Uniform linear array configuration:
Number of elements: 16
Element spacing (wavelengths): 0.75
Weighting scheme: kaiser
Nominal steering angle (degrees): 60
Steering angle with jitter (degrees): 58.52
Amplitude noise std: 0.05
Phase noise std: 0.05

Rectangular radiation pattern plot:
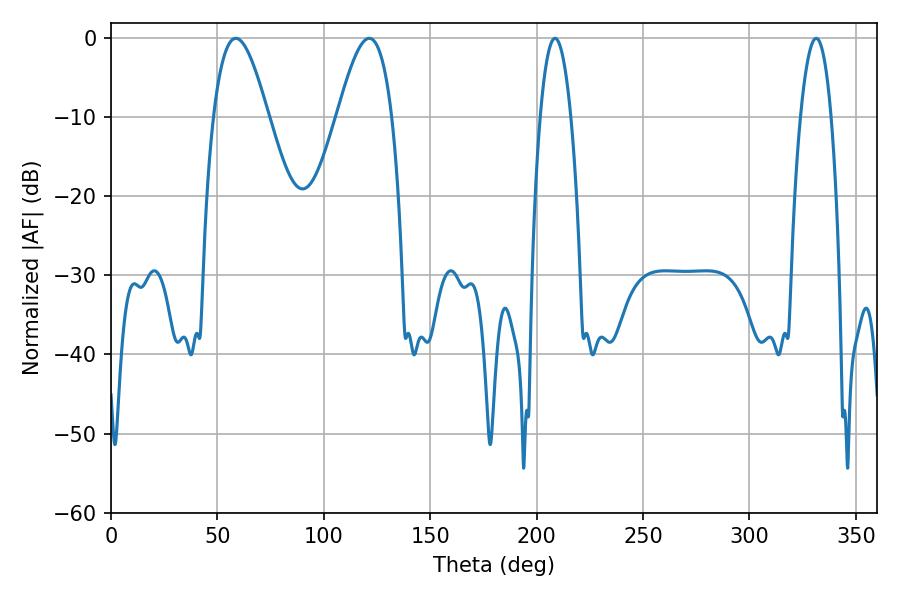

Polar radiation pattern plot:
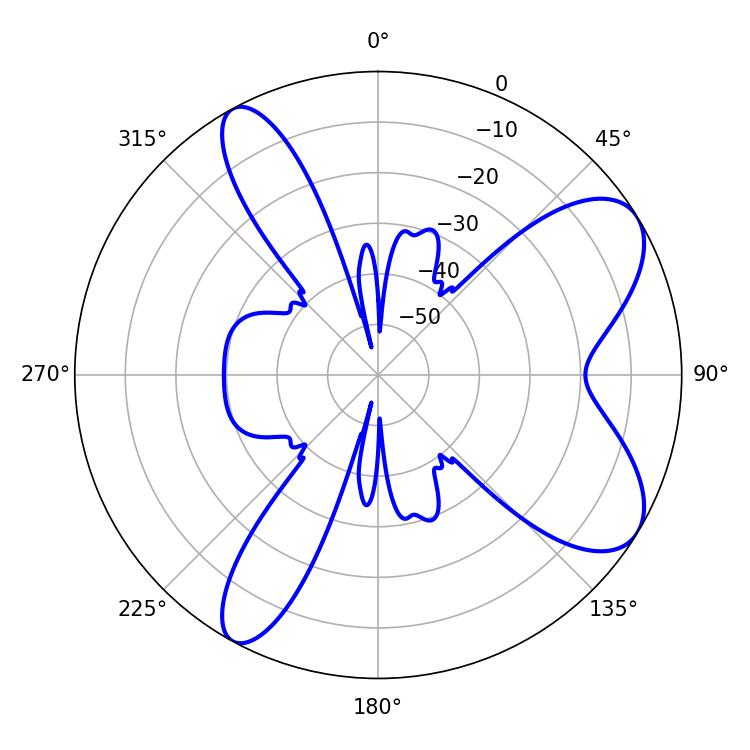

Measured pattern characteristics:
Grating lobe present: TRUE
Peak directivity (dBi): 7.983
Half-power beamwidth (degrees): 13.86
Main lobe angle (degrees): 58.68